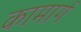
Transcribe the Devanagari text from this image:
कामार्ग